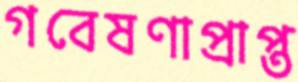
গবেষণাপ্রাপ্ত